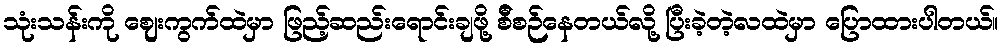
သုံးသန်းကို ဈေးကွက်ထဲမှာ ဖြည့်ဆည်းရောင်းချဖို့ စ်ီစဉ်နေတယ်လို့ ပြီးခဲ့တဲ့လထဲမှာ ပြောထားပါတယ်။